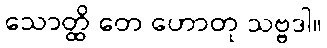
သောတ္ထိ တေ ဟောတု သဗ္ဗဒါ။